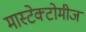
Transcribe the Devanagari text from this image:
मास्टेक्टोमीज